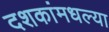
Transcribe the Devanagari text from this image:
दशकांमधल्या